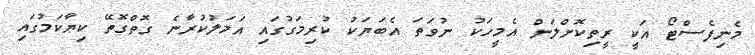
މެނިފެސްޓޯ އަކީ ރީތިކޮށްލަން އެމީހަކު ނުވަތަ އެބަޔަކު ކުރިމަގުގައި އަމަލުކުރާނެ ގޮތްގޮތޭ ކިޔާކަމުގައި